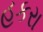
હકરા